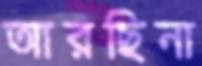
আরছিনা